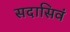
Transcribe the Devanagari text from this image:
सदासिवं